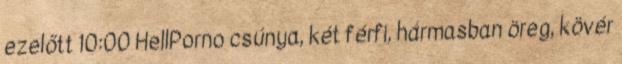
ezelőtt 10:00 HellPorno csúnya, két férfi, hármasban öreg, kövér